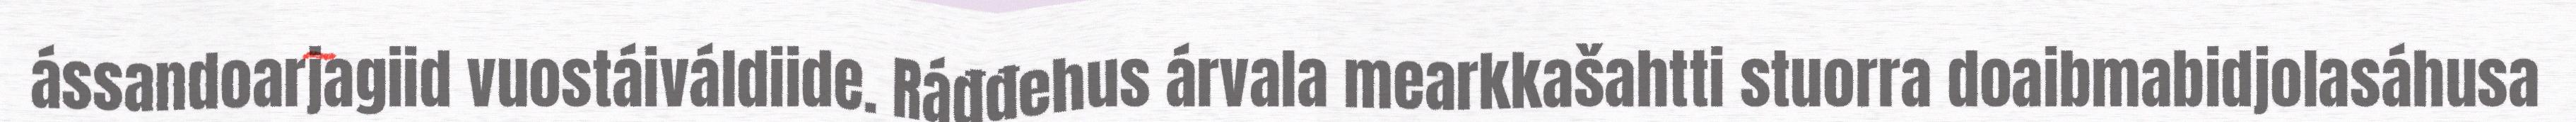
ássandoarjagiid vuostáiváldiide. Ráđđehus árvala mearkkašahtti stuorra doaibmabidjolasáhusa